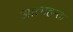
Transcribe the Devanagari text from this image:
आत्महन्ता